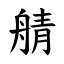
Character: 䑶